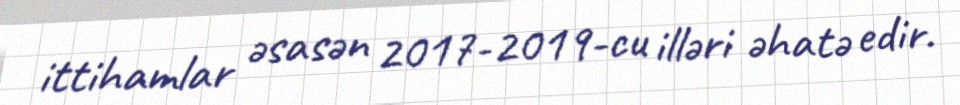
ittihamlar əsasən 2017-2019-cu illəri əhatə edir.